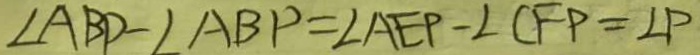
\angle A B P - \angle A B P = \angle A E P - \angle C F P = \angle P